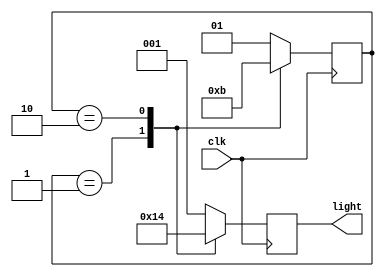
`timescale 1ns / 1ps
//////////////////////////////////////////////////////////////////////////////////
// Company: 
// Engineer: 
// 
// Design Name: 
// Module Name: lamp
// Project Name: 
// Target Devices: 
// Tool Versions: 
// Description: 
// 
// Dependencies: 
// 
// Revision:
// Revision 0.01 - File Created
// Additional Comments:
// 
//////////////////////////////////////////////////////////////////////////////////


module lamp(clk, light);
input clk;
output reg [2:0]light;
parameter S0=1,S1=2, S2=3;
parameter red=3'b001, green = 3'b010, yellow = 3'b100;
reg [1:0]state;

always @(posedge clk)
 begin
    case(state)
      S0:begin
      light<=green;state<=S1;
      end
      S1:begin
      light<=yellow;state<=S2;
      end
      S2:begin
      light<=red;
      state<=S0;
      end
      default:begin
      light<=red;
      state<=S0;
      end
     endcase
 end
endmodule